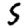
Digit: 5